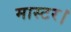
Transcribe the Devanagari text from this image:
मास्‍टर।